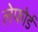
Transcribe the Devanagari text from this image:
लेफोर्ड